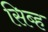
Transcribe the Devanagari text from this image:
सिब्ह